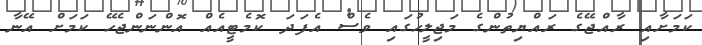
ކަމަށާއި ރާއްޖޭގެ ރައްޔިތުންގެ މަޖިލީހުގައި ވެސް އެފަދަ ކޮމެޓީއެއް އޮންނަންޖެހޭ ކަމަށް އޭނާ